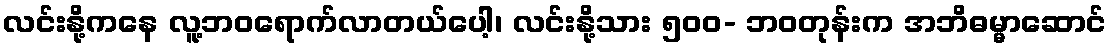
လင်းနို့ကနေ လူ့ဘဝရောက်လာတယ်ပေါ့၊ လင်းနို့သား ၅၀၀- ဘဝတုန်းက အဘိဓမ္မာဆောင်